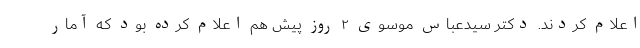
اعلام کردند. دکتر سیدعباس موسوی ۲ روز پیش هم اعلام کرده بود که آمار